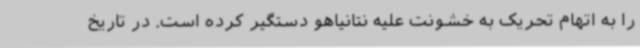
را به اتهام تحریک به خشونت علیه نتانیاهو دستگیر کرده است. در تاریخ